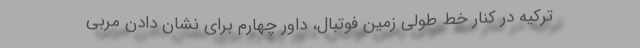
ترکیه در کنار خط طولی زمین فوتبال، داور چهارم برای نشان دادن مربی